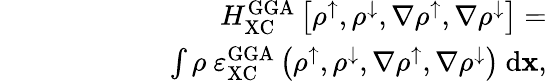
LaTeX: \begin{array}{rlr}&{}&{H_{\mathrm{XC}}^{\mathrm{GGA}}\left[\rho^{\uparrow},\rho^{\downarrow},\nabla\rho^{\uparrow},\nabla\rho^{\downarrow}\right]=}\\ &{}&{\quad\quad\quad\quad\int{\rho\ \varepsilon_{\mathrm{XC}}^{\mathrm{GGA}}\left(\rho^{\uparrow},\rho^{\downarrow},\nabla\rho^{\uparrow},\nabla\rho^{\downarrow}\right)\ \mathrm{d}{\mathbf x}},}\end{array}